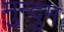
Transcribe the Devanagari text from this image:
मुन्दुम